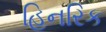
હિનરિક